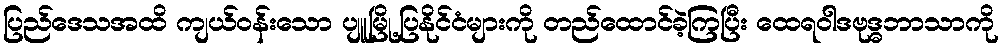
ပြည်ဒေသအထိ ကျယ်ဝန်းသော ပျူမြို့ပြနိုင်ငံများကို တည်ထောင်ခဲ့ကြပြီး ထေရဝါဒဗုဒ္ဓဘာသာကို